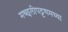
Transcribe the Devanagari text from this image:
मच्छलीपट्टणमच्या